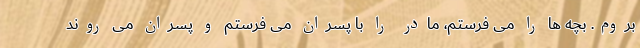
بروم. بچه ها را می فرستم، مادر را با پسران می فرستم و پسران می روند